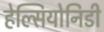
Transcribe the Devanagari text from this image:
हेल्सियोनिडी